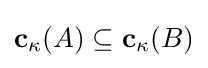
\mathbf {c} _{\kappa }(A)\subseteq \mathbf {c} _{\kappa }(B)